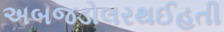
અબજડોલરથઈહતી